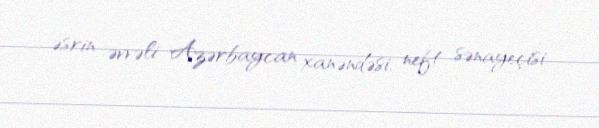
əsrin əvvəli Azərbaycan xanəndəsi, neft sənayeçisi.